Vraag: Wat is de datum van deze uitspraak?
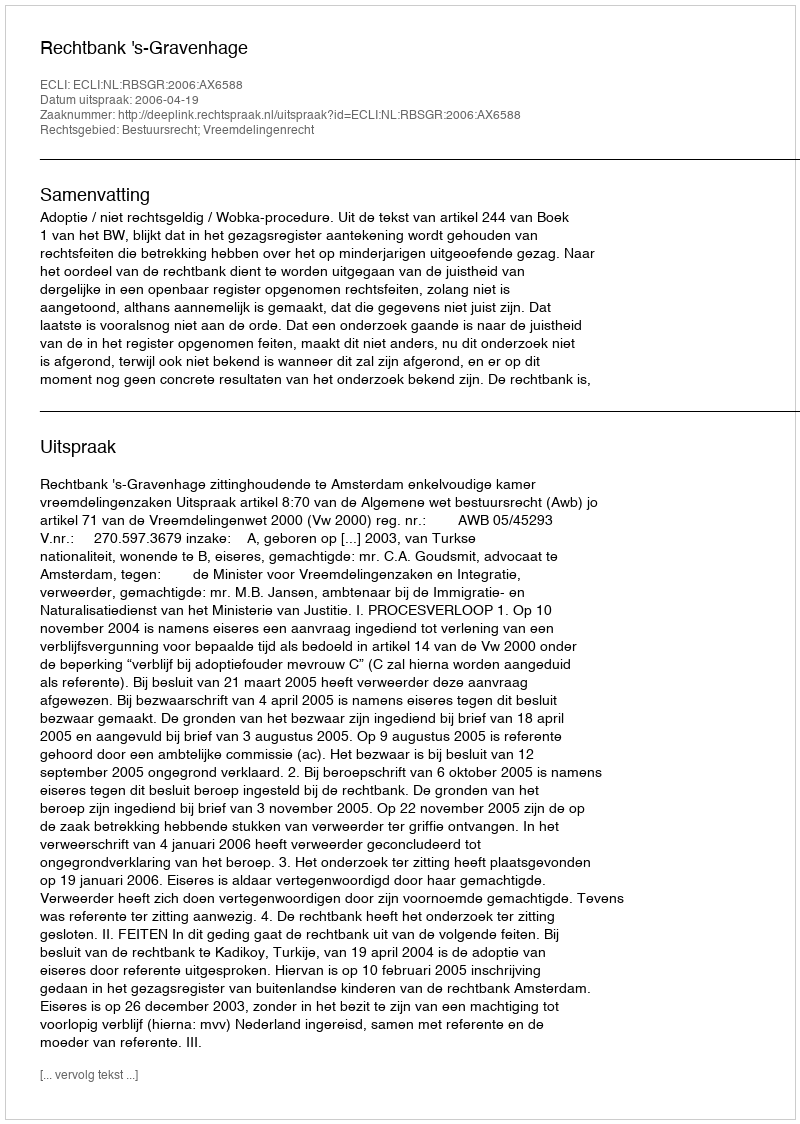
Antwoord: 2006-04-19